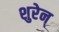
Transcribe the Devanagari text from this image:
शुरेन्